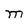
Character: M